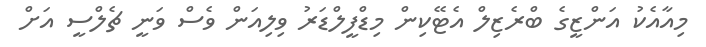
މިއާއެކު އަންޒީގެ ބްރެޒިލް އެޓޭކިން މިޑްފީލްޑަރު ވިލިއަން ވެސް ވަނީ ޗެލްސީ އަށް